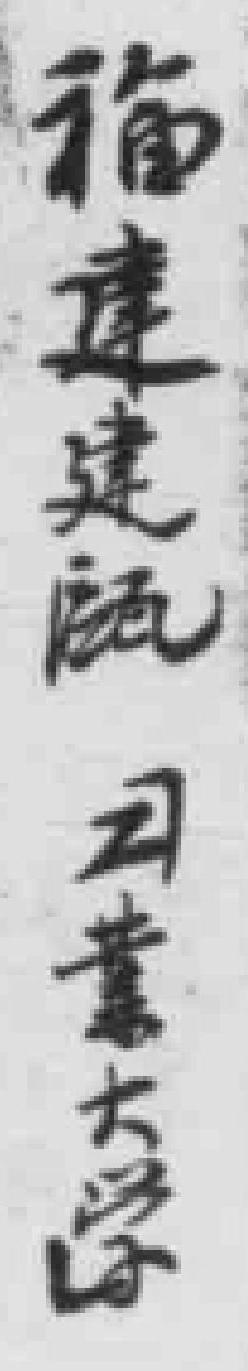
福建建甌工業大学